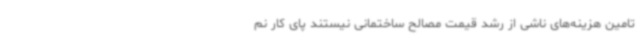
تامین هزینه‌های ناشی از رشد قیمت مصالح ساختمانی نیستند پای کار نم